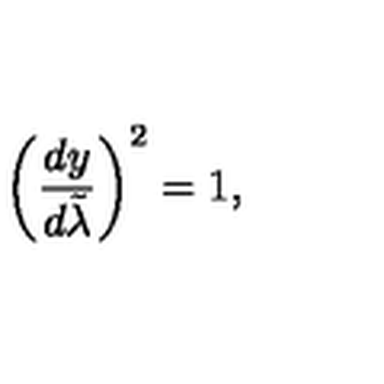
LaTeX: \left( { \frac { d y } { d \tilde { \lambda } } } \right) ^ { 2 } = 1 ,